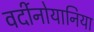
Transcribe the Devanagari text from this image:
वर्दीनोयानिया